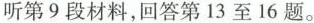
听第9段材料,回答第13至16题。